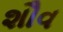
શૌવ